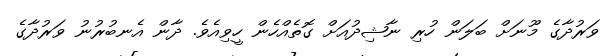
ވަރުދާގެ މޫނަށް ބަލަން ހުރި ނާޝިދުއަށް ގޮތެއްހެން ހީވިއެވެ. ދާން އެނބުރުނު ވަރުދާގެ